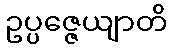
ဥပ္ပဇ္ဇေယျာတိ